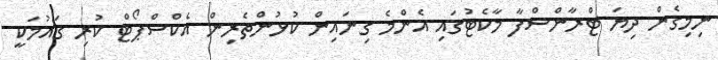
ނިމިގެން ދިޔަ ޓްރާންސްފާ މާކެޓުގައި އެންމެ ގިނައިން ކުޅުންތެރިން އެކްސްޕޯޓް ކުރި ގައުމަކީ